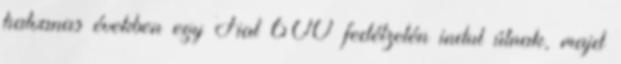
hatvanas években egy Fiat 600 fedélzetén indul útnak, majd